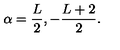
\alpha = { \frac { L } { 2 } } , - { \frac { L + 2 } { 2 } } .